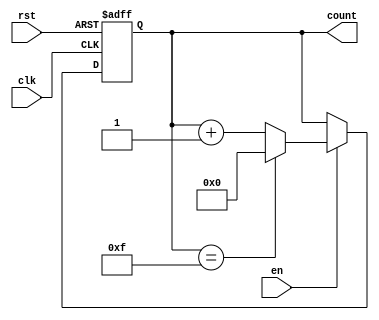
module counter(
    input clk,
    input rst,
    input en,
    output reg [3:0] count
);

always @(posedge clk or posedge rst) begin
    if (rst) begin
        count <= 4'b0000;
    end else begin
        if (en) begin
            if (count == 4'b1111) begin
                count <= 4'b0000;
            end else begin
                count <= count + 1;
            end
        end
    end
end

endmodule